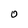
Character: O